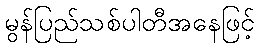
မွန်ပြည်သစ်ပါတီအနေဖြင့်